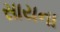
સાયના